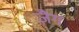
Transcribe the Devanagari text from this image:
ज़ैग